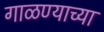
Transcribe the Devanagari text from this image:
गाळण्याच्या